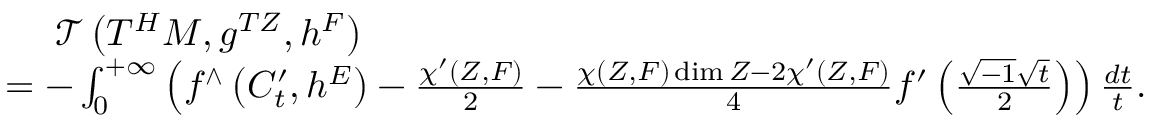
\begin{array} { r l } & { \ \ \ \ \mathcal { T } \left( T ^ { H } M , g ^ { T Z } , h ^ { F } \right) } \\ & { = - \int _ { 0 } ^ { + \infty } \left( f ^ { \wedge } \left( C _ { t } ^ { \prime } , h ^ { E } \right) - \frac { \chi ^ { \prime } ( Z , F ) } { 2 } - \frac { \chi ( Z , F ) \dim Z - 2 \chi ^ { \prime } ( Z , F ) } { 4 } f ^ { \prime } \left( \frac { \sqrt { - 1 } \sqrt { t } } { 2 } \right) \right) \frac { d t } { t } . } \end{array}